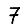
Digit: 7